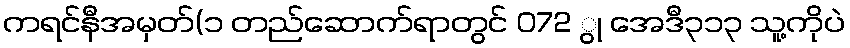
ကရင်နီအမှတ်(၁ တည်ဆောက်ရာတွင် 072 ွု အေဒီ၃၁၃ သူ့ကိုပဲ